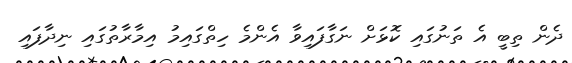
ދެން ތިބީ އެ ތަނުގައި ކޮޅަށް ނަގާފައިވާ އެންމެ ހިތްގައިމު އިމާރާތުގައި ނިދާފައި